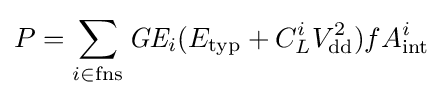
\displaystyle P=\sum _{i\in {\text{fns}}}{\textit {GE}}_{i}(E_{\text{typ}}+C_{L}^{i}V_{\text{dd}}^{2})fA_{\text{int}}^{i}